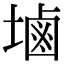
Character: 塷